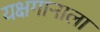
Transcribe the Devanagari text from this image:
यक्षगानाला